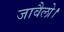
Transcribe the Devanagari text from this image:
जावैलो।